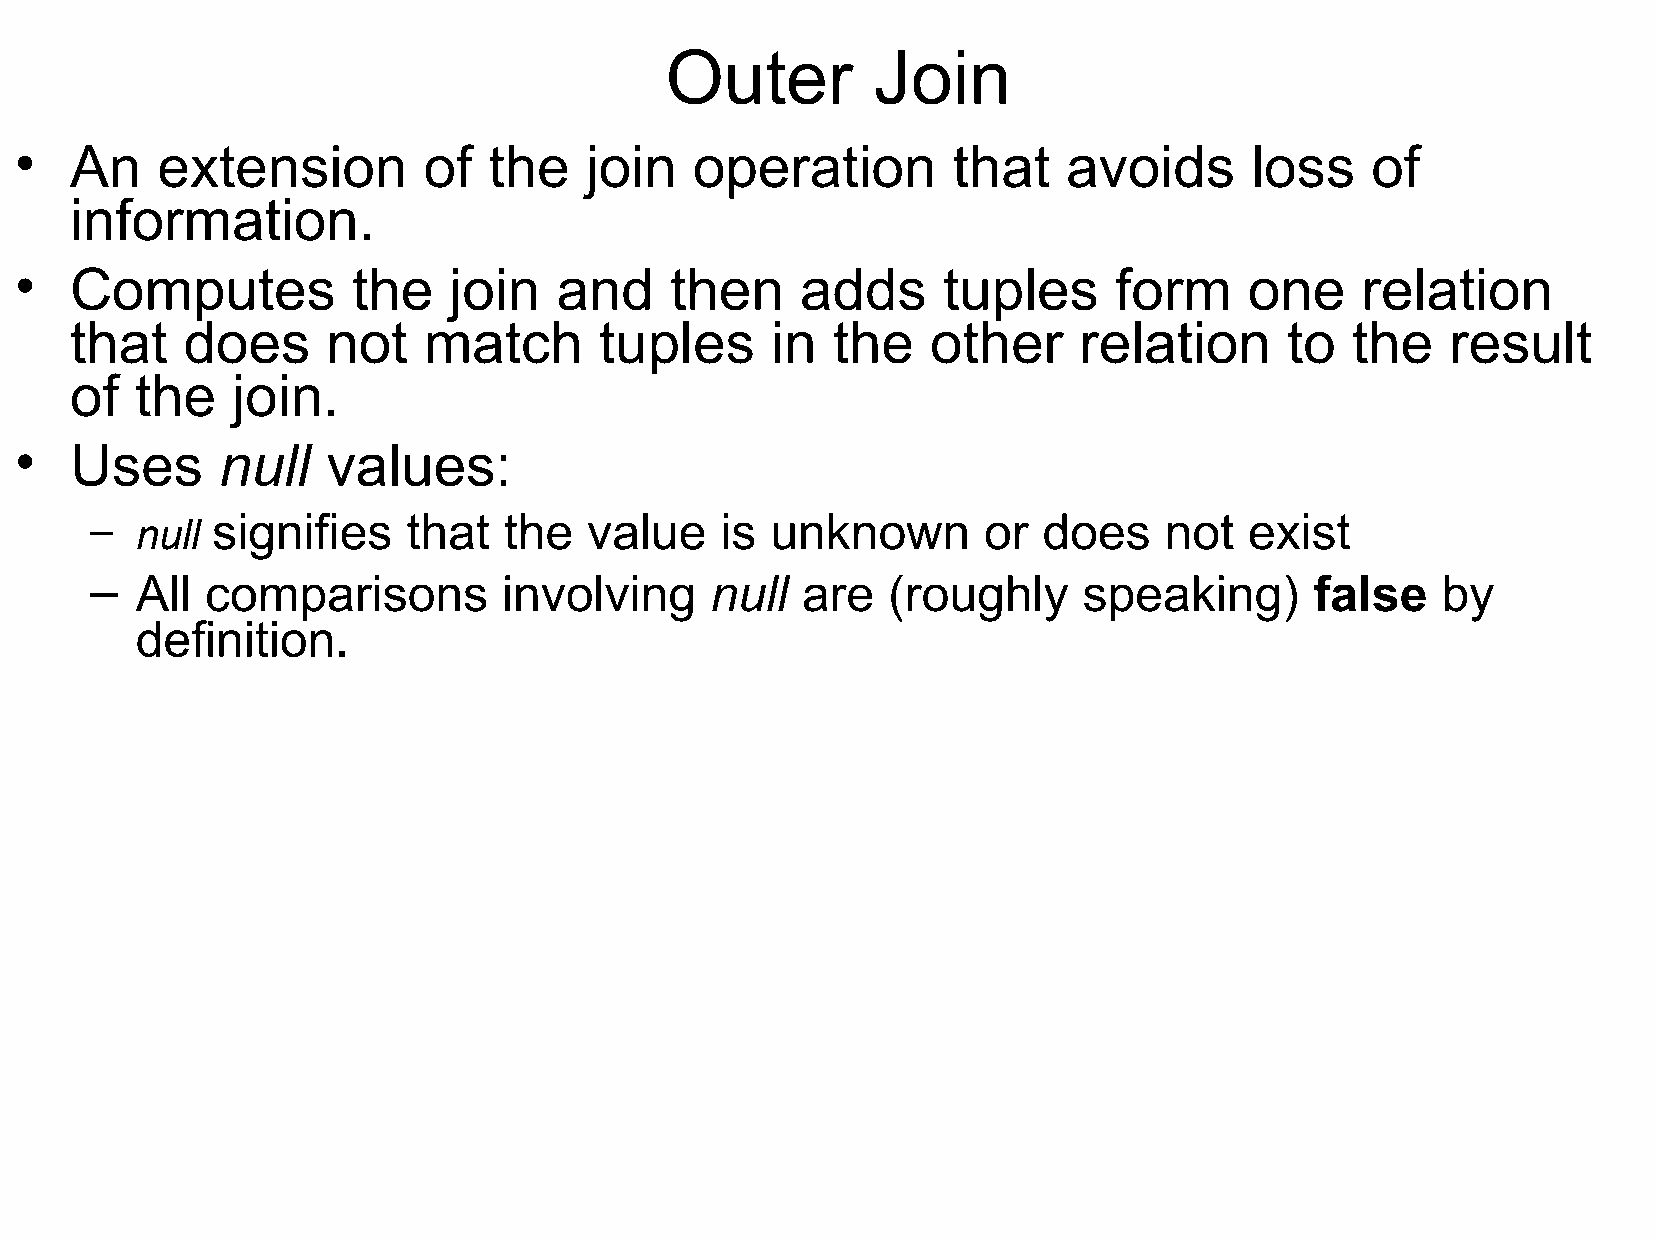
Outer         Join
 •   An   extension         of  the    join   operation        that    avoids      loss    of
 information.
 •   Computes          the    join   and    then     adds     tuples      form     one    relation
 that   does      not   match       tuples     in  the    other    relation      to  the    result
 of  the   join.
 •   Uses      null   values:
 –  null signifies    that  the   value    is unknown       or  does    not   exist
 –  All  comparisons        involving     null  are   (roughly     speaking)      false   by
 definition.